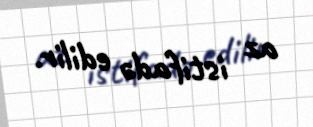
az istifadə edilir.